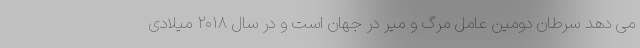
می دهد سرطان دومین عامل مرگ و میر در جهان است و در سال ۲۰۱۸ میلادی